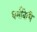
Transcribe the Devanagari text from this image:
धर्मविधि